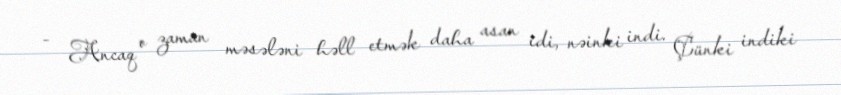
- Ancaq o zaman məsələni həll etmək daha asan idi, nəinki indi. Çünki indiki